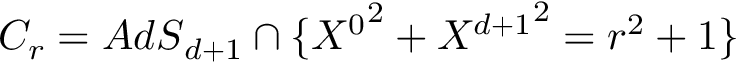
C _ { r } = { A d S } _ { d + 1 } \cap \{ { X ^ { 0 } } ^ { 2 } + { X ^ { d + 1 } } ^ { 2 } = r ^ { 2 } + 1 \}